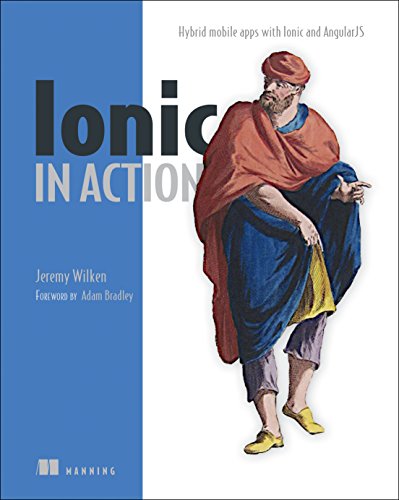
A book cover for Ionic in Action: Hybrid Mobile Apps with Ionic and AngularJS; Jeremy Wilken; Computers & Technology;